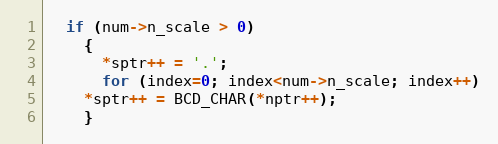
Language: C++
  if (num->n_scale > 0)
    {
      *sptr++ = '.';
      for (index=0; index<num->n_scale; index++)
	*sptr++ = BCD_CHAR(*nptr++);
    }